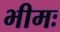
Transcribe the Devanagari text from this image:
भीमः